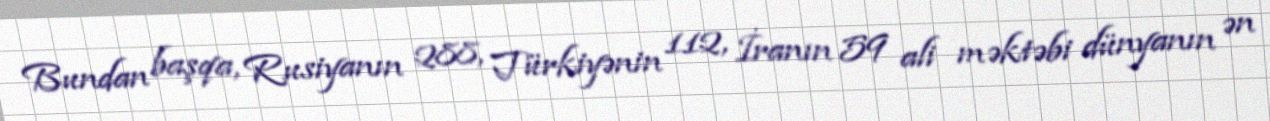
Bundan başqa, Rusiyanın 288, Türkiyənin 112, İranın 59 ali məktəbi dünyanın ən